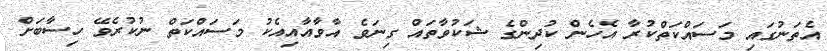
އެތަނުގައި މަސައްކަތްކުރާ އެހެން ކުދިންގެ ޝަކުވާތައް ގިނަވެ އާވާއާއިއެކު މަސައްކަތް ނުކުރެވޭ ހިސާބަށް